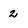
Character: 2